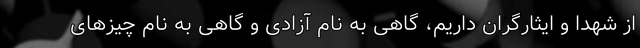
از شهدا و ایثارگران داریم، گاهی به نام آزادی و گاهی به نام چیزهای